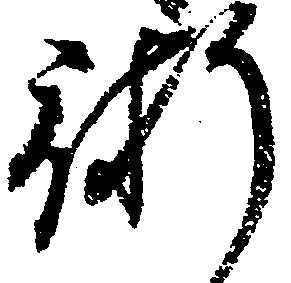
術